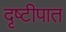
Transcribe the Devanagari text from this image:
दृष्टीपात